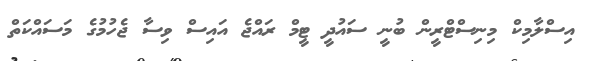
އިސްލާމިކް މިނިސްޓްރީން ބުނީ ސައުދީ ޓީމް ރައްޖެ އައިސް ވިސާ ޖެހުމުގެ މަސައްކަތް